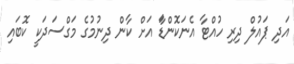
އަދި ޕައުލް ދިރި ހުއްޓާ އެނަކޮންޑަާ އަށް ކާން ދިނުމުގެ މަގްސަދަކީ ކޮބައި